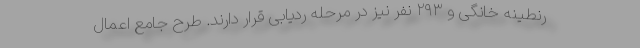
رنطینه خانگی و ۲۹۳ نفر نیز در مرحله ردیابی قرار دارند. طرح جامع اعمال